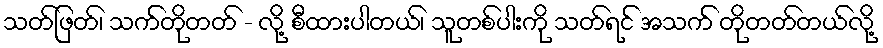
သတ်ဖြတ်၊ သက်တိုတတ် - လို့ စီထားပါတယ်၊ သူတစ်ပါးကို သတ်ရင် အသက် တိုတတ်တယ်လို့